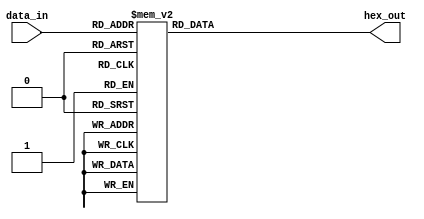
module seven_seg_decoder (
    input wire[3:0] data_in,
    output reg[7:0] hex_out
);

    always @(data_in) begin
        case (data_in)
            4'h0:  hex_out = "11000000";
            4'h1:  hex_out = "11111001";
            4'h2:  hex_out = "10100100";
            4'h3:  hex_out = "10110000";
            4'h4:  hex_out = "10011001";
            4'h5:  hex_out = "10010010";
            4'h6:  hex_out = "10000010";
            4'h7:  hex_out = "11111000";
            4'h8:  hex_out = "10000000";
            4'h9:  hex_out = "10010000";
            4'hA:  hex_out = "10001000";
            4'hB:  hex_out = "10000011";
            4'hC:  hex_out = "11000110";
            4'hD:  hex_out = "10100001"; 
            4'hE:  hex_out = "10000110"; 
            4'hF:  hex_out = "10001110"; 
            default: hex_out = 8'h00;
        endcase
    end
    
endmodule